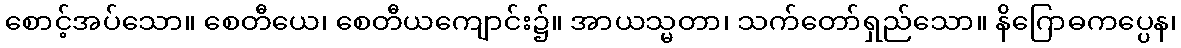
စောင့်အပ်သော။ စေတီယေ၊ စေတီယကျောင်း၌။ အာယသ္မတာ၊ သက်တော်ရှည်သော။ နိဂြောဓကပ္ပေန၊